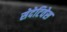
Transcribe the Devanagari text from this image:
सेदेटिवेस